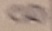
Text: 8